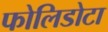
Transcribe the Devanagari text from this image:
फोलिडोटा